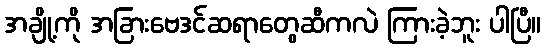
အချို့ကို အခြားဗေဒင်ဆရာတွေဆီကလဲ ကြားခဲ့ဘူး ပါပြီ။